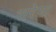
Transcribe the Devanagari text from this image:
सरेगा